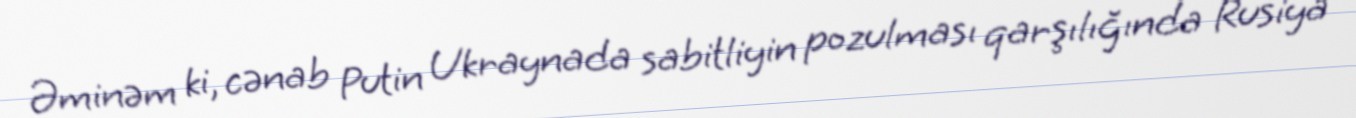
Əminəm ki, cənab Putin Ukraynada sabitliyin pozulması qarşılığında Rusiya